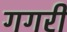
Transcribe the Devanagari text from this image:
गगरी